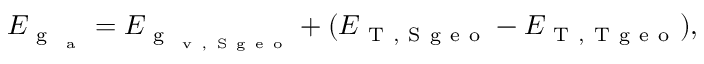
E _ { \mathrm { ~ g ~ } _ { \mathrm { ~ a ~ } } } = E _ { \mathrm { ~ g ~ } _ { \mathrm { ~ v ~ , ~ S ~ g ~ e ~ o ~ } } } + ( E _ { \mathrm { ~ T ~ , ~ S ~ g ~ e ~ o ~ } } - E _ { \mathrm { ~ T ~ , ~ T ~ g ~ e ~ o ~ } } ) ,